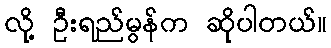
လို့ ဦးရည်မွန်က ဆိုပါတယ်။